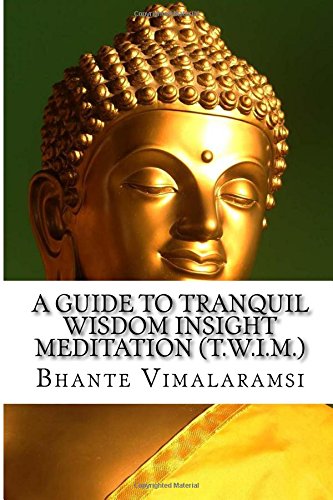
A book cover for A Guide to Tranquil Wisdom Insight Meditation (T.W.I.M.): Attaining Nibbana from the Earliest Buddhist Teachings with 'Mindfulness' of Lovingkindness'; Bhante Vimalaramsi; Religion & Spirituality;